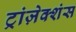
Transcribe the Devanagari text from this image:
ट्रांज़ेक्शंस